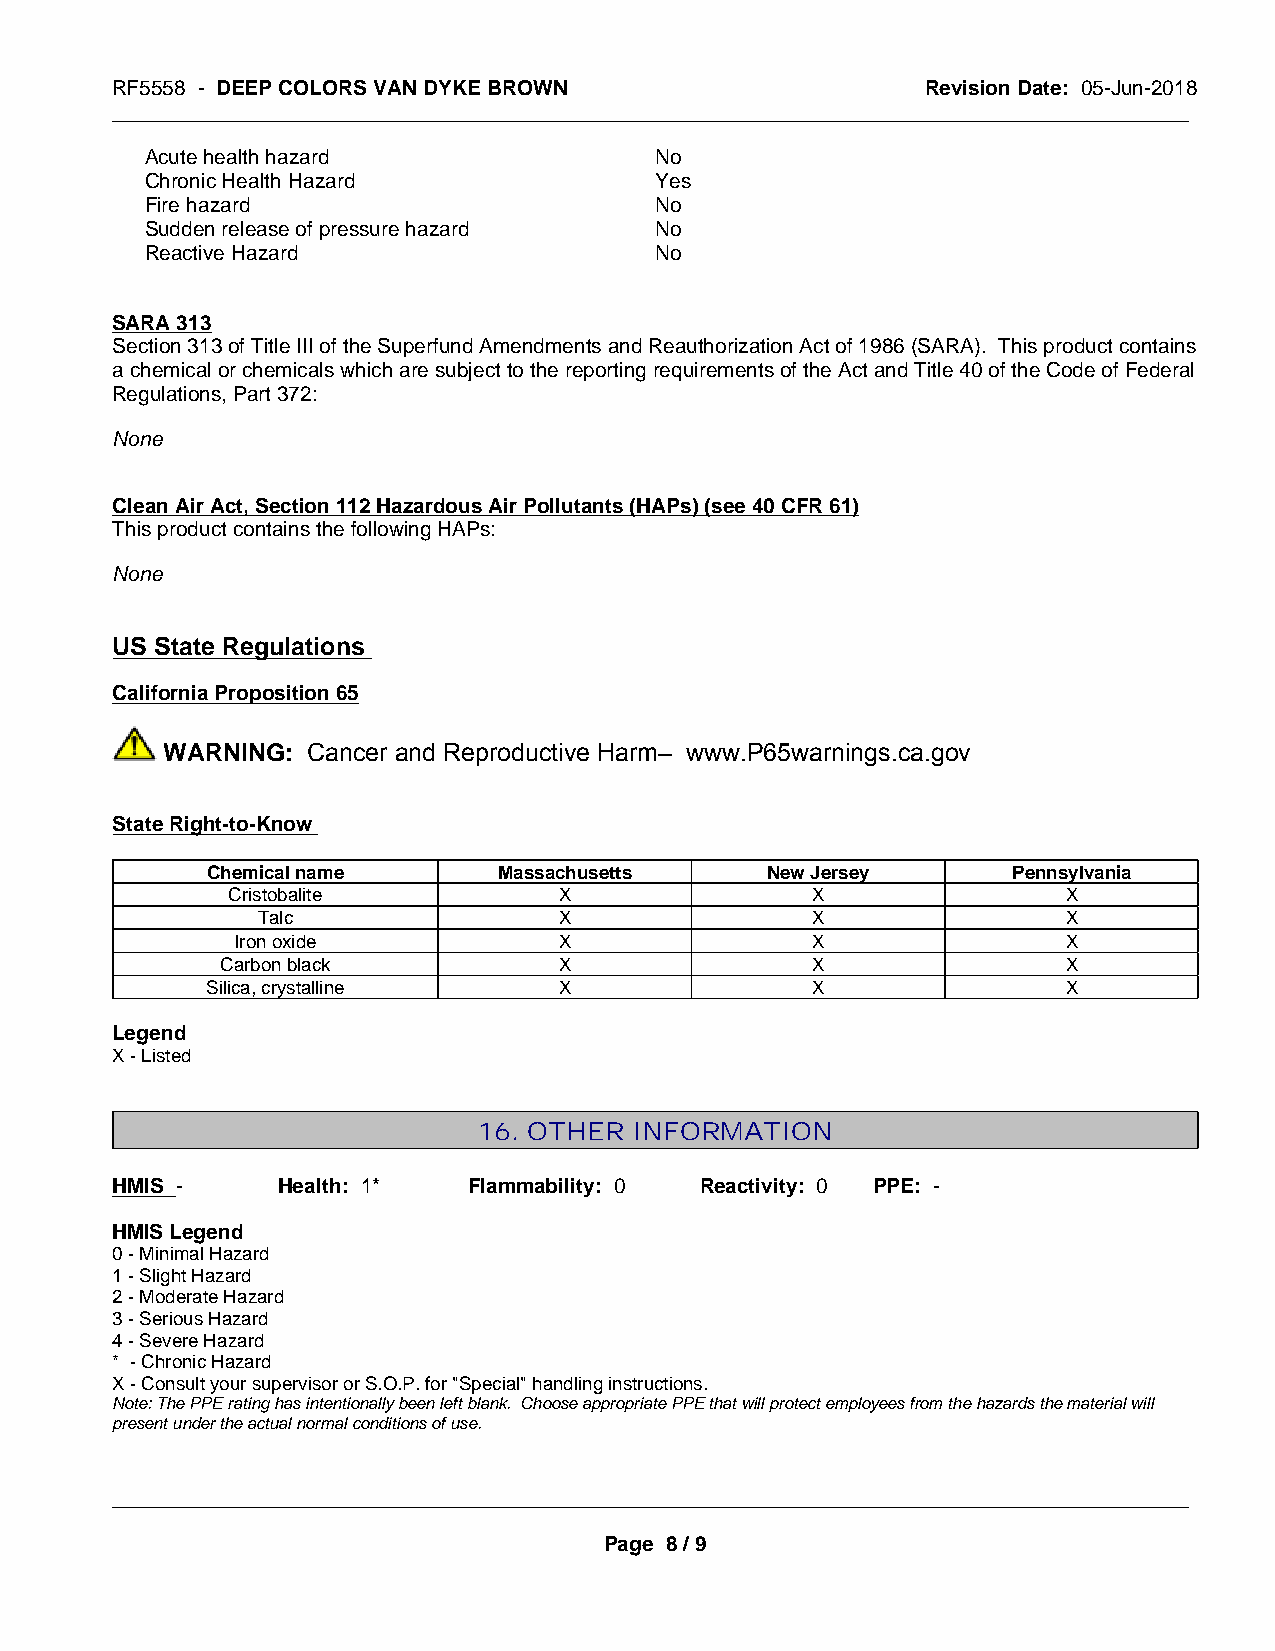
RF5558 - DEEP COLORS VAN DYKE BROWN                   Revision Date: 05-Jun-2018
 _____________________________________________________________________________________________
 Acute health hazard              No
 Chronic Health Hazard            Yes
 Fire hazard                      No
 Sudden release of pressure hazard No
 Reactive Hazard                  No
 SARA 313
 Section 313 of Title III of the Superfund Amendments and Reauthorization Act of 1986 (SARA). This product contains
 a chemical or chemicals which are subject to the reporting requirements of the Act and Title 40 of the Code of Federal
 Regulations, Part 372:
 None
 Clean Air Act, Section 112 Hazardous Air Pollutants (HAPs) (see 40 CFR 61)
 This product contains the following HAPs:
 None
 US State Regulations
 California Proposition 65
 WARNING: Cancer and Reproductive Harm– www.P65warnings.ca.gov
 State Right-to-Know
 Chemical name      Massachusetts     New Jersey      Pennsylvania
 Cristobalite          X                X                X
 Talc                X                X                X
 Iron oxide           X                X                X
 Carbon black          X                X                X
 Silica, crystalline    X                X                X
 Legend
 X - Listed
 16. OTHER INFORMATION
 HMIS -     Health: 1*   Flammability: 0 Reactivity: 0 PPE: -
 HMIS Legend
 0 - Minimal Hazard
 1 - Slight Hazard
 2 - Moderate Hazard
 3 - Serious Hazard
 4 - Severe Hazard
 * - Chronic Hazard
 X - Consult your supervisor or S.O.P. for "Special" handling instructions.
 Note: The PPE rating has intentionally been left blank. Choose appropriate PPE that will protect employees from the hazards the material will
 present under the actual normal conditions of use.
 _____________________________________________________________________________________________
 Page 8 / 9